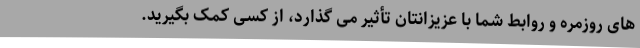
های روزمره و روابط شما با عزیزانتان تأثیر می گذارد، از کسی کمک بگیرید.